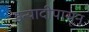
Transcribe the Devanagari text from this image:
इत्यादीपासून